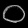
Digit: ၀